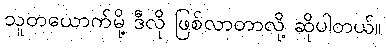
သူတယောက်မို့ ဒီလို ဖြစ်လာတာလို့ ဆိုပါတယ်။